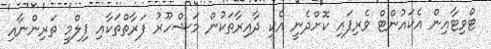
ޓްވިޓާއިން އެކައުންޓް ވެރިފައި ކޮށްދެނީ އެކި ދާއިރާތަކުން މަޝްހޫރު ފަރާތްތަކާއި ފިލްމީ ތަރިންނާއި